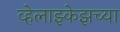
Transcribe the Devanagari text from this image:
व्हेलाझ्केझच्या